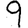
Digit: 9